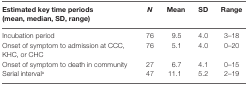
<table><thead><tr><td><b>Estimated key time periods (mean, median, SD, range)</b></td><td><b><i>N</i></b></td><td><b>Mean</b></td><td><b>SD</b></td><td><b>Range</b></td></tr></thead><tbody><tr><td>Incubation period</td><td>76</td><td>9.5</td><td>4.0</td><td>3–18</td></tr><tr><td>Onset of symptom to admission at CCC, KHC, or CHC</td><td>76</td><td>5.1</td><td>4.0</td><td>0–20</td></tr><tr><td>Onset of symptom to death in community</td><td>27</td><td>6.7</td><td>4.1</td><td>0–15</td></tr><tr><td>Serial interval<sup>a</sup></td><td>47</td><td>11.1</td><td>5.2</td><td>2–19</td></tr></tbody></table>